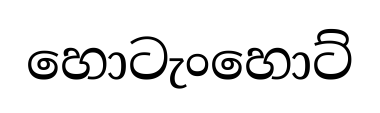
හොටැංහොට්